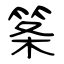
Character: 筿